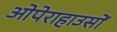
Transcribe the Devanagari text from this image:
ओपेराहाउसों